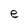
Character: e